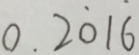
0 . 2 \dot { 0 } 1 \dot { 6 }